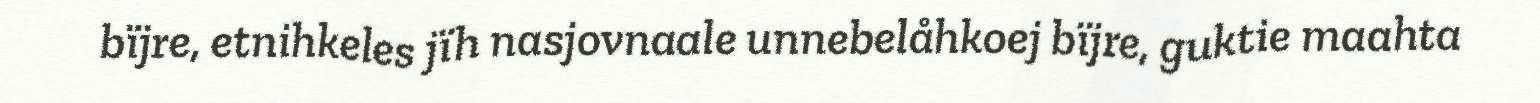
bïjre, etnihkeles jïh nasjovnaale unnebelåhkoej bïjre, guktie maahta